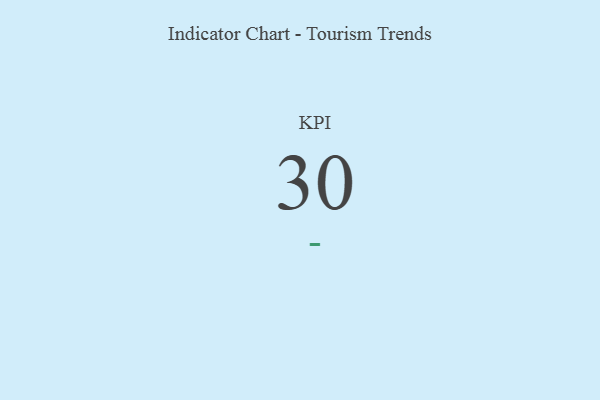
{"axis": {"x": "KPI", "y": "Value"}, "legend": [""], "data": [{"x": "KPI", "y": 30, "type": ""}]}